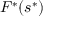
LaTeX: F ^ { * } ( s ^ { * } )